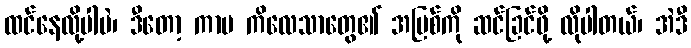
ထင်နေလို့ပါပဲ၊ ဒီတော့ ကာမ ကိလေသာတွေ၏ အပြစ်ကို ဆင်ခြင်ဖို့ လိုပါတယ်၊ အဲဒီ